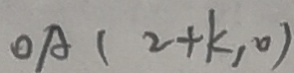
O A ( 2 + k _ { 1 } 0 )